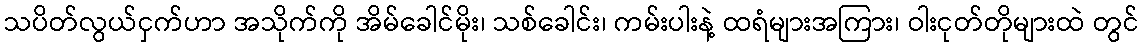
သပိတ်လွယ်ငှက်ဟာ အသိုက်ကို အိမ်ခေါင်မိုး၊ သစ်ခေါင်း၊ ကမ်းပါးနဲ့ ထရံများအကြား၊ ဝါးငုတ်တိုများထဲ တွင်